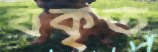
যকৃত